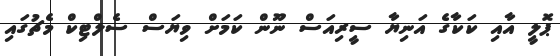
ޕޮލީ އާއި ކަކާގެ އަނިޔާ ސީރިއަސް ނޫން ކަމަށް ވިޔަސް ސެލްޓިކް މެޗުގައި